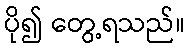
ပို၍ တွေ့ရသည်။